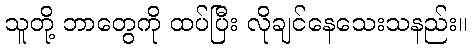
သူတို့ ဘာတွေကို ထပ်ပြီး လိုချင်နေသေးသနည်း။